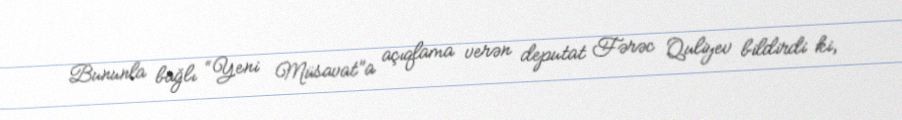
Bununla bağlı “Yeni Müsavat”a açıqlama verən deputat Fərəc Quliyev bildirdi ki,